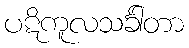
ပဋိကူလသင်္ခါတာ